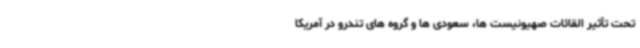
تحت تأثیر القائات صهیونیست ها، سعودی ها و گروه های تندرو در آمریکا